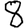
Digit: 8